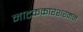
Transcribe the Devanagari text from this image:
नाटककारशरमन